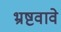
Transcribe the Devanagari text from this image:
भ्रष्टवावे